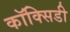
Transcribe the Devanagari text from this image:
कॉक्सिडी